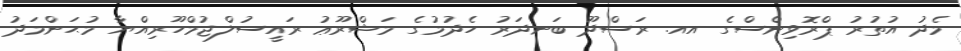
މެދު އުތުރު ޕްރޮވިންސްގެ އއ. ރަސްދޫ ބަނދަރު ހެދުމުގެ މަޝްރޫޢު ރައީސުލްޖުމްހޫރިއްޔާ މުޙަންމަދު